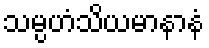
သမ္ပဟံသိယမာနာနံ